Annual report on the Civil Veterinary Department, Burma (including the Insein Veterinary School) - 1932-1941
Year: 1932
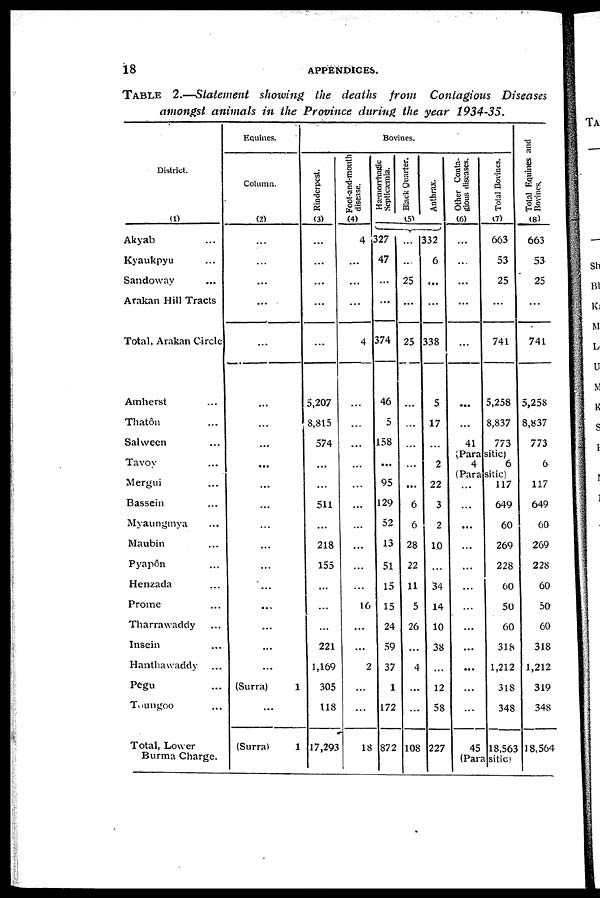
18
APPENDICES.
TABLE 2.—Statement showing the deaths from Contagious Diseases
amongst animals in the Province during the year 1934-35.
District.
(1)
Akyab ...
Kyaukpyu ...
Sandoway ...
Arakan Hill Tracts ...
Total, Arakan Circle
Amherst ...
Thatôn ...
Salween ...
Tavoy ...
Mergui ...
Bassein ...
Myaungmya ...
Maubin ...
Pyapôn ...
Henzada ...
Prome ...
Tharrawaddy ...
Insein ...
Hanthawaddy ...
Pegu ...
Toungoo ...
Total, Lower
Burma Charge.
Equines.
Column.
(2)
...
...
...
...
...
...
...
...
...
...
...
...
...
...
...
...
...
...
...
(Surra)
1
...
(Surra)
1
Bovines.
Rinderpest.
(3)
...
...
...
...
...
5,207
8,815
574
...
...
511
...
218
155
...
...
...
221
1,169
305
118
17,293
Foot-and-mouth
disease.
(4)
4
...
...
...
4
...
...
...
...
...
...
...
...
...
...
16
...
...
2
...
...
18
Hæmorrhagic
Septicæmia.
327
47
...
...
374
46
5
158
...
95
129
52
13
51
15
15
24
59
37
1
172
872
Black Quarter.
(5)
...
...
25
...
25
...
...
...
...
...
6
6
28
22
11
5
26
...
4
...
...
108
Anthrax.
332
6
...
...
338
5
17
...
2
22
3
2
10
...
34
14
10
38
...
12
58
227
Other Conta-
gious diseases.
(6)
...
...
...
...
...
...
...
41
Total Bovines.
(7)
663
53
25
...
741
5,258
8,837
773
(Parasitic)
4
6
(Parasitic)
...
...
...
...
...
...
...
...
...
...
...
...
45
117
649
60
269
228
60
50
60
318
1,212
318
348
18,563
(Parasitic)
Total Equines and
Bovines.
(8)
663
53
25
...
741
5,258
8,837
773
6
117
649
60
269
228
60
50
60
318
1,212
319
348
18,564